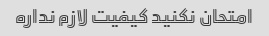
امتحان نکنید کیفیت لازم نداره